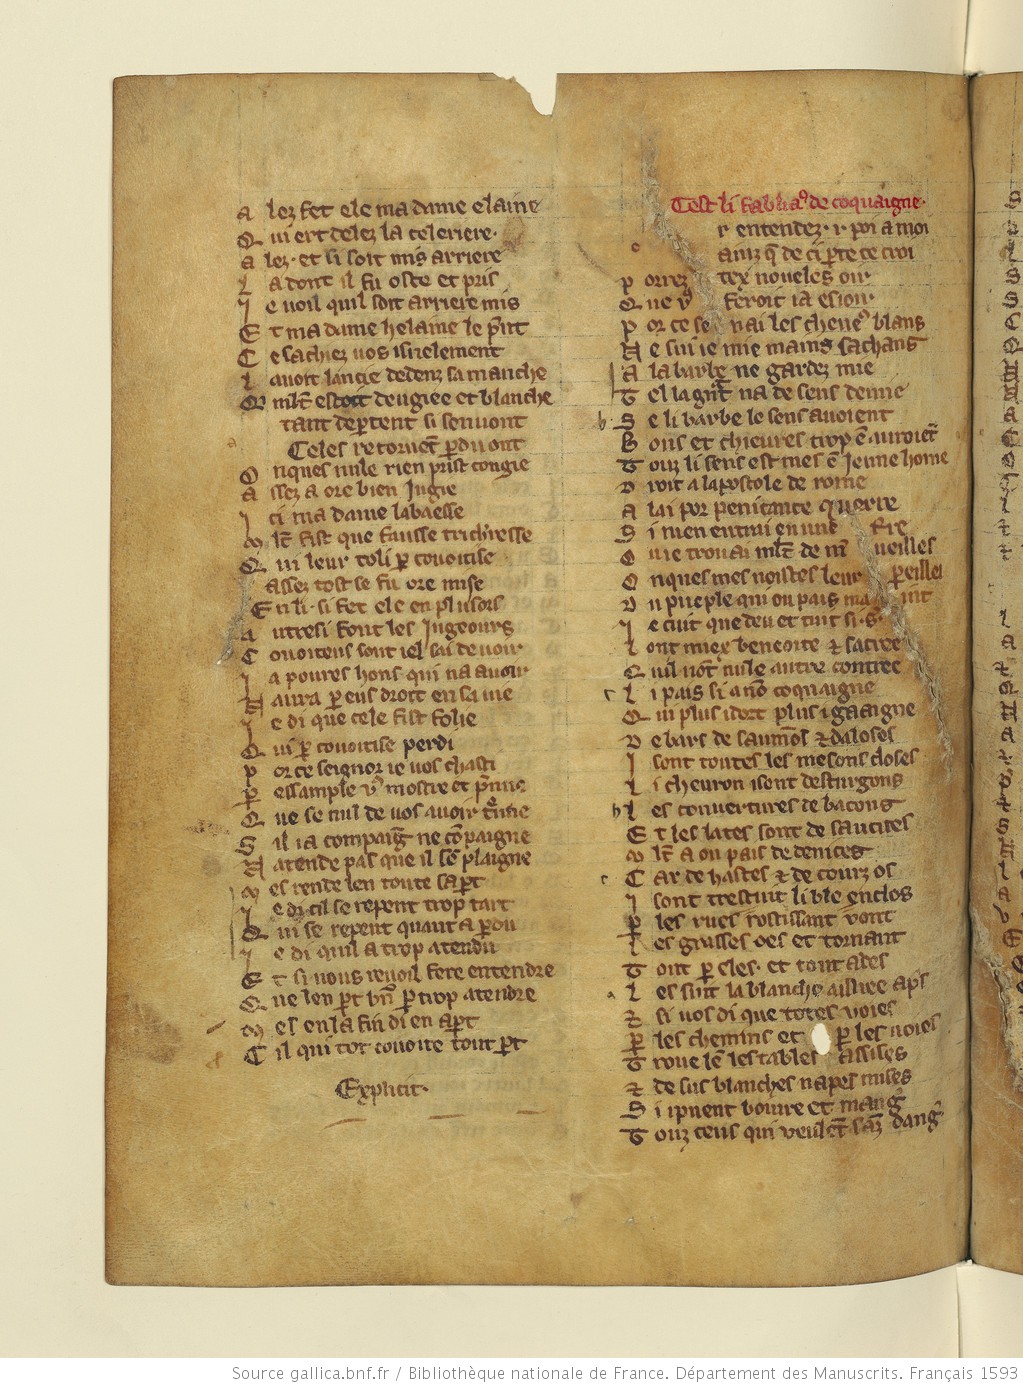
Shelfmark: Paris, BnF, fr. 1593
Century: 13